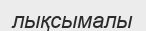
лықсымалы